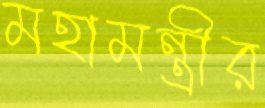
মহামন্ত্রীর